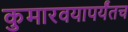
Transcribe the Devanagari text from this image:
कुमारवयापर्यंतच